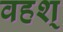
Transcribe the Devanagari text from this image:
वहश्